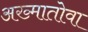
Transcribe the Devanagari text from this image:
अख्मातोवा